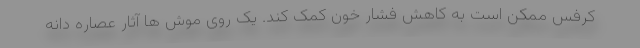
کرفس ممکن است به کاهش فشار خون کمک کند. یک روی موش ها آثار عصاره دانه